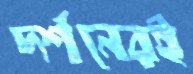
দর্শনেরই